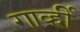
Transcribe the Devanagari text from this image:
गार्व्ही